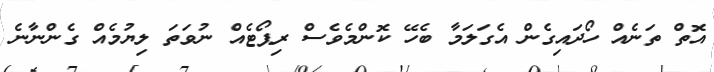
އޮތް ތަނެއް ހޯދައިގެން އެގަލަމާ ބެހޭ ކޮންމެވެސް ރިޕޯޓެއް ނުވަތަ ލިޔުމެއް ގެންނާނެ